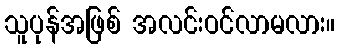
သူပုန်အဖြစ် အလင်းဝင်လာမလား။